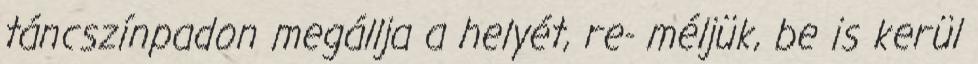
táncszínpadon megállja a helyét, re- méljük, be is kerül